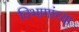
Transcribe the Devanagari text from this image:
विभागांच्‍या